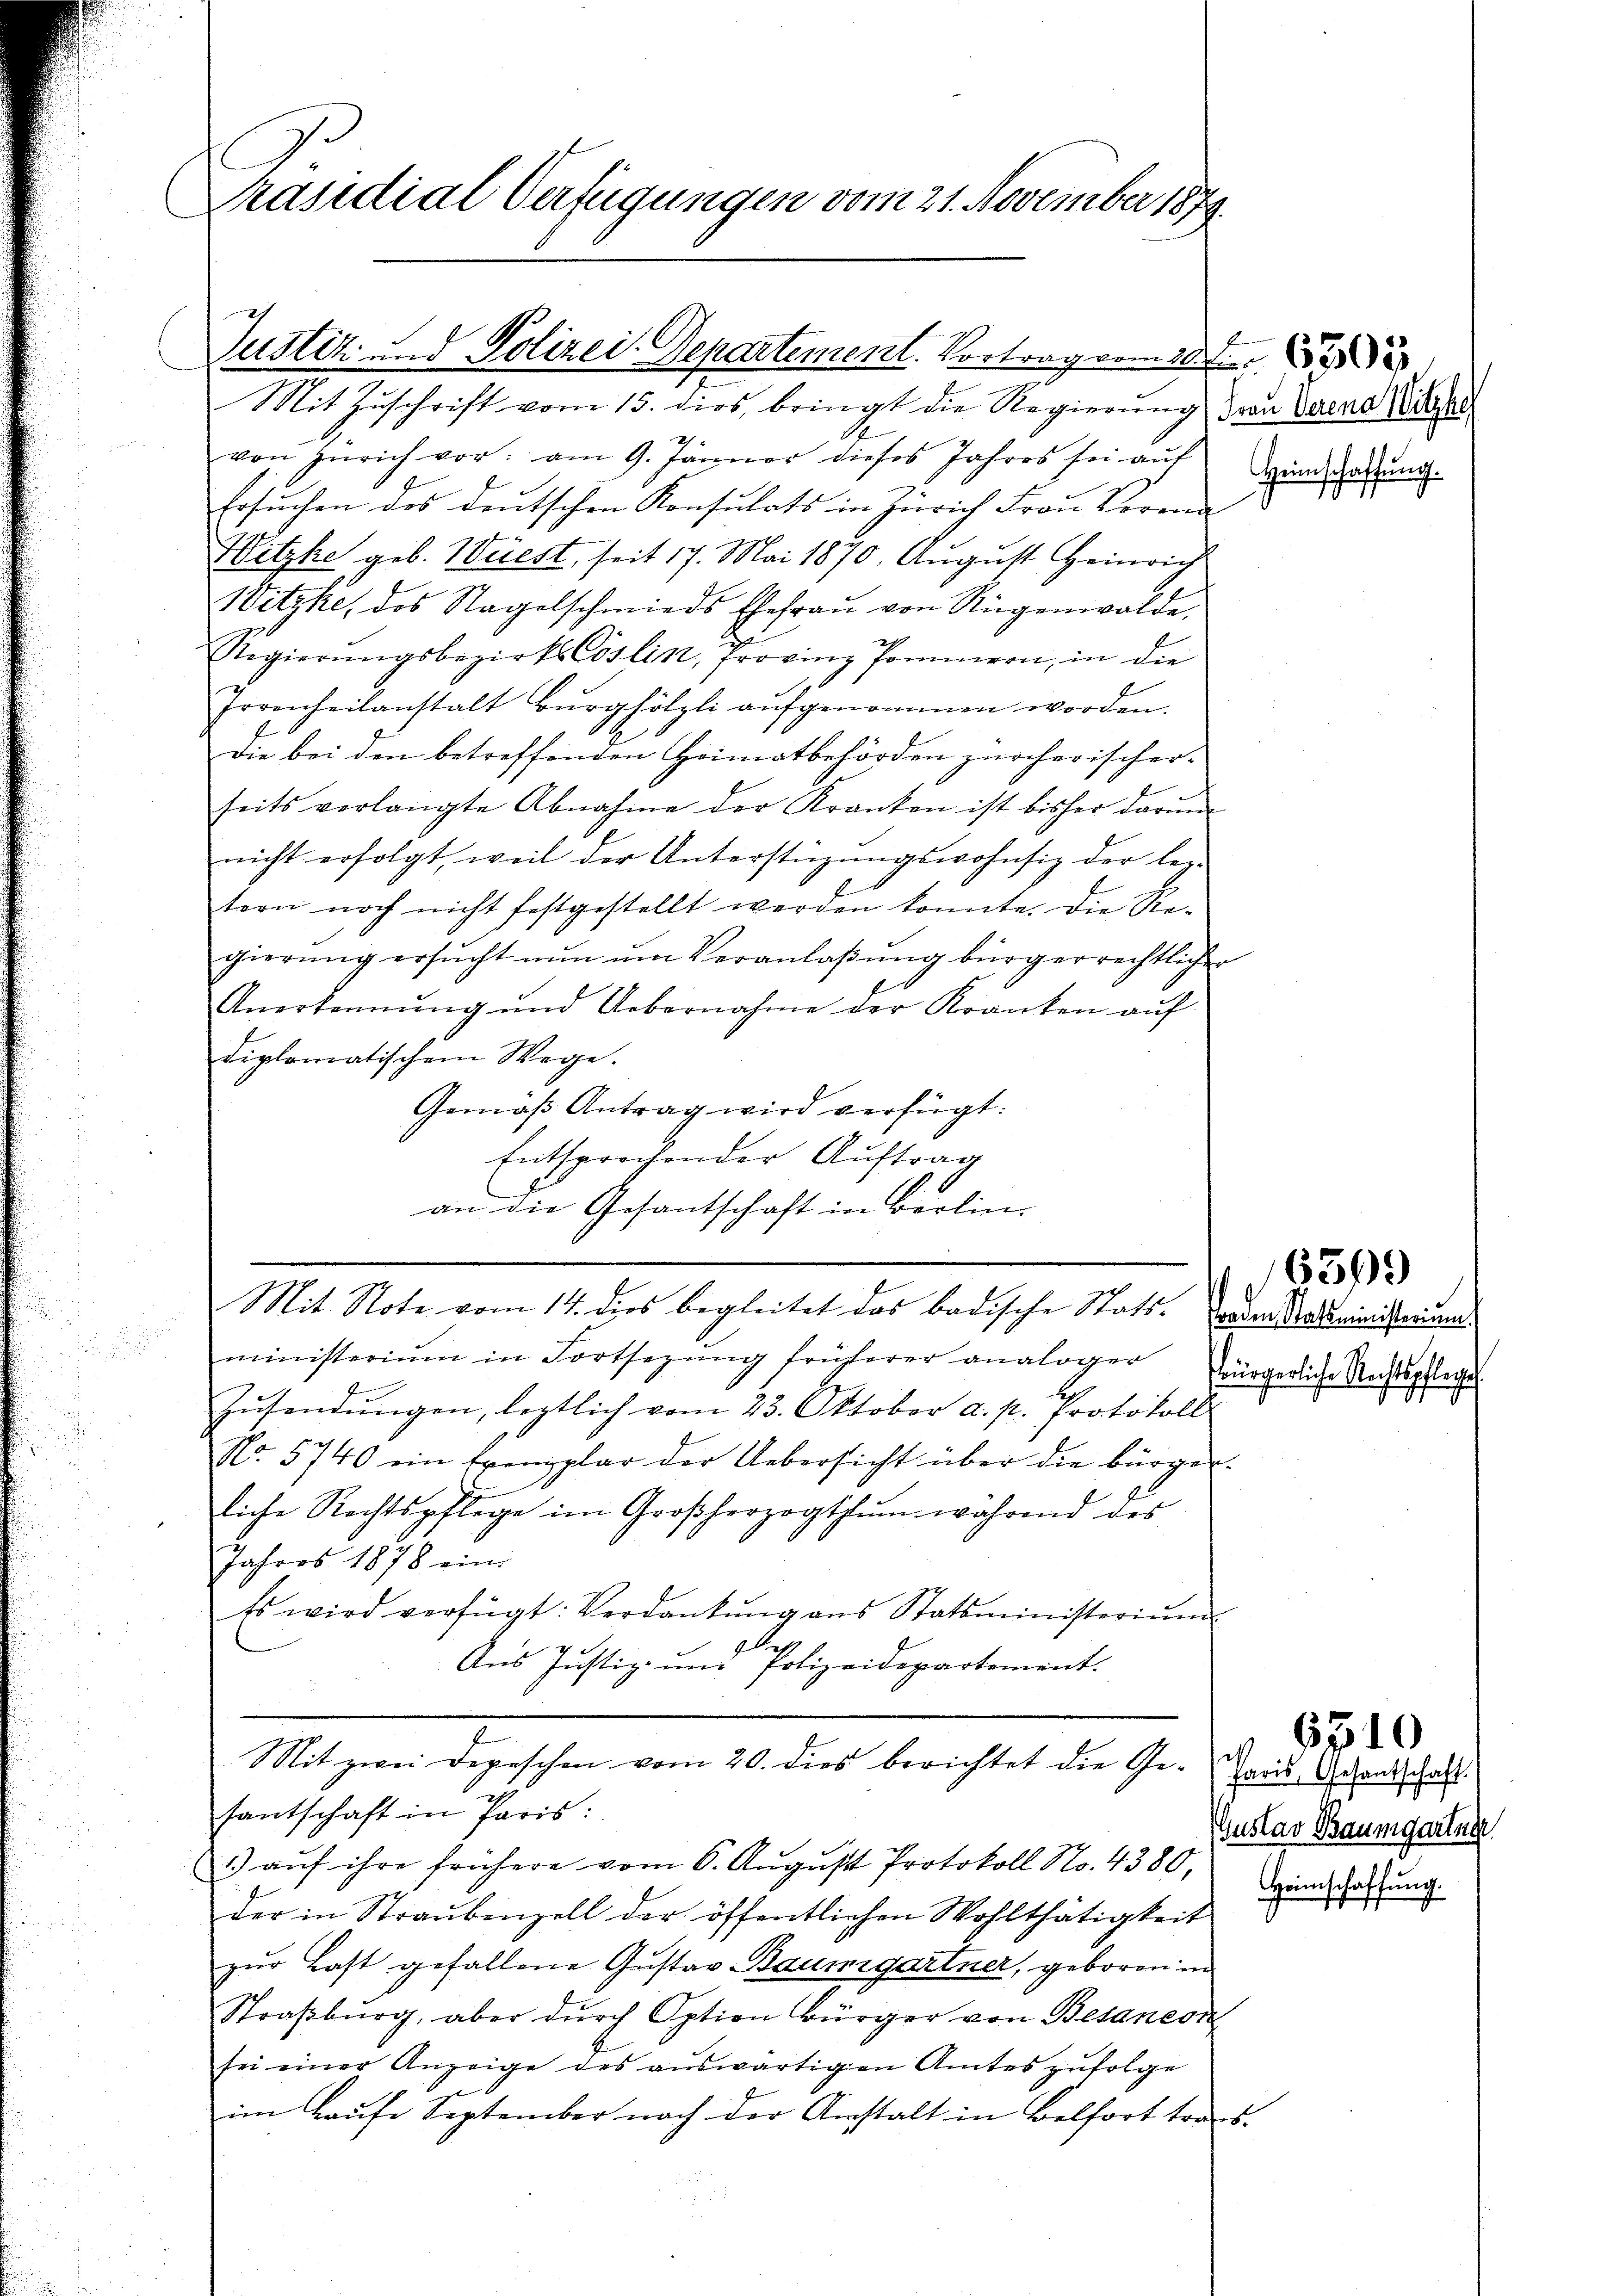
Präsidial Verfügungen vom 21. November 1879.

Justiz und Polizei-Departement. Vortrag vom 10ten

Mit Zuschrift vom 15. dies, bringt die Regierŭng von Darna de
von Zürich vor: am 9. Jänner dieses Jahres sei aŭf
Ersuchen des deutschen Konsulats in Zürich Frau Vorgen
Witzke geb. Wüest, seit 17. Mai 1870, August Heinrich
Witzke, das Nagelschmiedes Ehefraŭ von Rügenwalde,
RegierŭngsbezirksCoslin, Provinz Pommern, in die
Irrenheilanstalt Burghölzli aŭfgenommen worden.
Die bei den betreffenden Heimatbehörden zürcherischerseits verlangte Abnahme der Kranken ist bisher darŭm
nicht erfolgt, weil der Unterstüzungswohnsiz der leztern noch nicht festgestellt werden konnte. Die Sie-
gierŭng ersŭcht nŭn ŭm Veranlaßung bürgerrechtlicher
Anerkennung und Uebernahme der Kranken aŭf
diplomatischem Wege.
Gemäß Antrag wird verfügt:
Entsprechender Auftrag
an die Gesantschaft in Berlin-
Mit Note vom 14. dies begleitet das badische Stats- oder Madministerungs
ministerium in Fortsezŭng früherer analoger fürgerliche Rechtspflege
Zŭsendŭngen, leztlich vom 23. Oktober a. p. Protokoll
No. 5740 ein Exemplar der Uebersicht über die bürger
liche Rechtspflege im Großherzogthum während der
Jahres 1878 eini
Es wird verfügt: Verdankŭng ans Statsministeriŭm
det
4
Aus Justiz- und Polizeidepartement.

Mit zwei Depeschen vom 20. dies berichtet die Ge-

santschaft in Paris:
1) auf ihre frühere vom 6. August Protokoll No. 4380,
der in Straŭbenzell der öffentlichen Wohlthätigkeit zuwartung.
zŭr Last gefallene Gustav Baumgartner, geboren in
Straßburg, aber dŭrch Option Bürger von Besaneon
sei einer Anzeige des aŭswärtigen Amtes zŭfolge
im Laufe September nach der Anstalt in Belfort trans-

Heimschaffung.

u

6399

Paris, Gesantschaft.
Gustav Baumgartner

6510